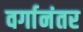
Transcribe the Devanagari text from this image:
वर्गानंतर